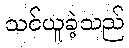
သင်ယူခဲ့သည်